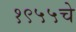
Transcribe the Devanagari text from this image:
१९५५चे